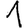
Digit: 1